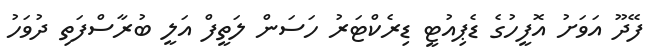
ފޭދޫ އަވަށު އޮފީހުގެ ޑެޕިއުޓީ ޑިރެކްޓަރު ހަސަން ލަތީފް އަލީ ބުރާސްފަތި ދުވަހު